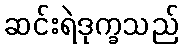
ဆင်းရဲဒုက္ခသည်